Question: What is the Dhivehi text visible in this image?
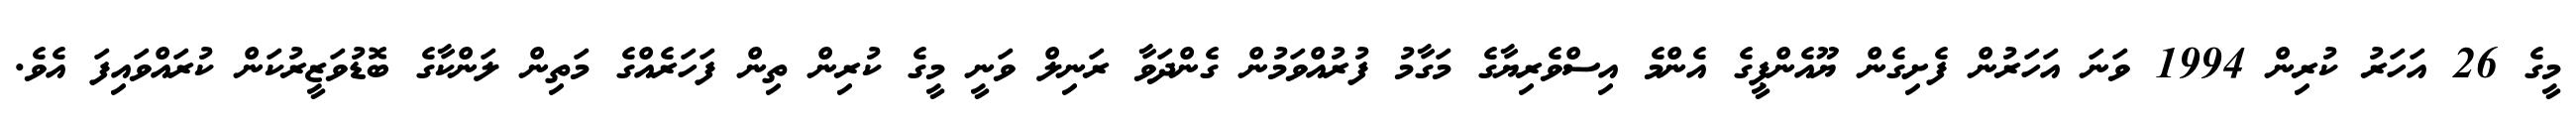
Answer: މީގެ 26 އަހަރު ކުރިން 1994 ވަނަ އަހަރުން ފެށިގެން ޔޫއެންޕީގެ އެންމެ އިސްވެރިޔާގެ މަގާމު ފުރުއްވަމުން ގެންދަވާ ރަނިލް ވަނީ މީގެ ކުރިން ތިން ފަހަރެއްގެ މަތިން ލަންކާގެ ބޮޑުވަޒީރުކަން ކުރައްވައިފަ އެވެ.